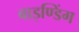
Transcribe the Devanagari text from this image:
बाइण्डिंग